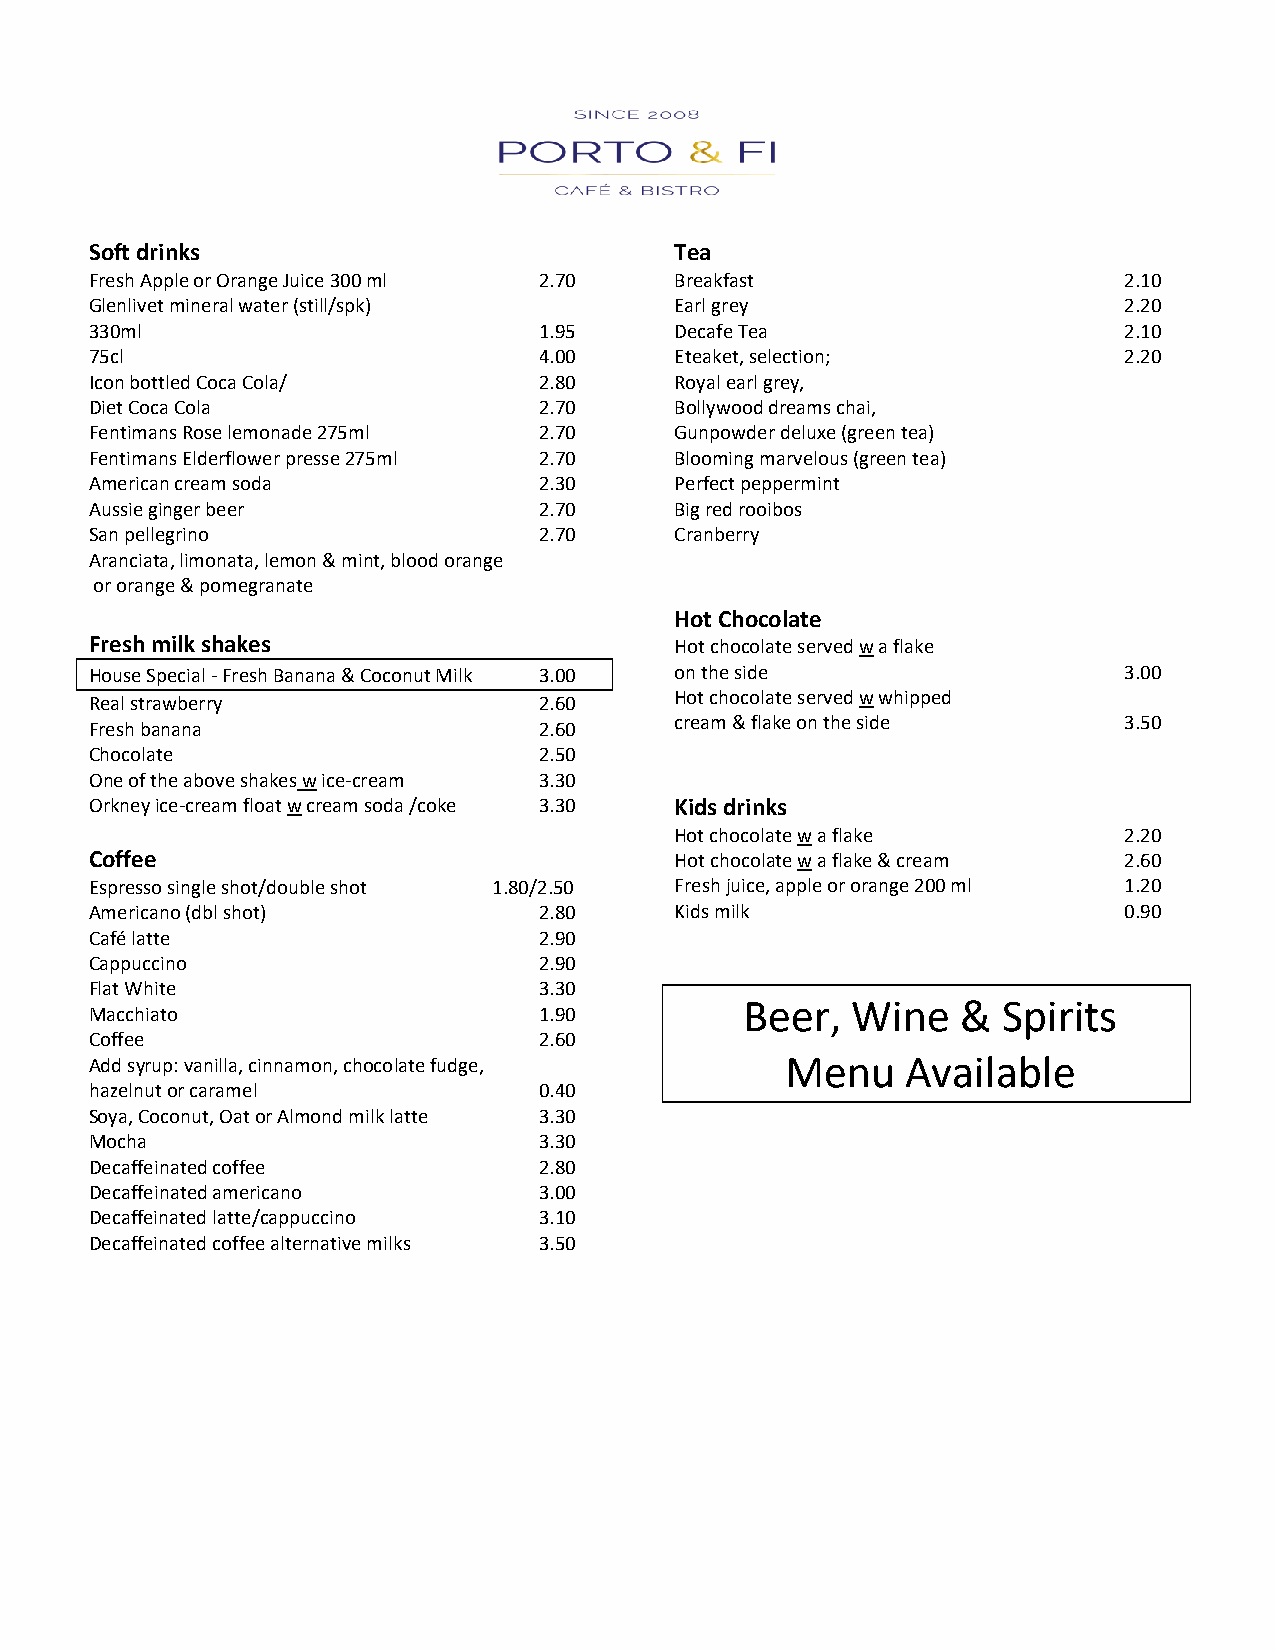
Soft drinks                            Tea
 Fresh Apple or Orange Juice 300 ml 2.70 Breakfast                   2.10
 Glenlivet mineral water (still/spk)    Earl grey                    2.20
 330ml                         1.95     Decafe Tea                   2.10
 75cl                          4.00     Eteaket, selection;          2.20
 Icon bottled Coca Cola/       2.80     Royal earl grey,
 Diet Coca Cola                2.70     Bollywood dreams chai,
 Fentimans Rose lemonade 275ml 2.70     Gunpowder deluxe (green tea)
 Fentimans Elderflower presse 275ml 2.70 Blooming marvelous (green tea)
 American cream soda           2.30     Perfect peppermint
 Aussie ginger beer            2.70     Big red rooibos
 San pellegrino                2.70     Cranberry
 Aranciata, limonata, lemon & mint, blood orange
 or orange & pomegranate
 Hot Chocolate
 Fresh milk shakes                      Hot chocolate served w a flake
 House Special - Fresh Banana & Coconut Milk 3.00 on the side        3.00
 Real strawberry               2.60     Hot chocolate served w whipped
 Fresh banana                  2.60     cream & flake on the side    3.50
 Chocolate                     2.50
 One of the above shakes w ice-cream 3.30
 Orkney ice-cream float w cream soda /coke 3.30 Kids drinks
 Hot chocolate w a flake      2.20
 Coffee                                 Hot chocolate w a flake & cream 2.60
 Espresso single shot/double shot 1.80/2.50 Fresh juice, apple or orange 200 ml 1.20
 Americano (dbl shot)          2.80     Kids milk                    0.90
 Café latte                    2.90
 Cappuccino                    2.90
 Flat White                    3.30
 Beer,  Wine    & Spirits
 Macchiato                     1.90
 Coffee                        2.60
 Add syrup: vanilla, cinnamon, chocolate fudge, Menu   Available
 hazelnut or caramel           0.40
 Soya, Coconut, Oat or Almond milk latte 3.30
 Mocha                         3.30
 Decaffeinated coffee          2.80
 Decaffeinated americano       3.00
 Decaffeinated latte/cappuccino 3.10
 Decaffeinated coffee alternative milks 3.50